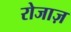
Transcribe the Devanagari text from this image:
रोजाज़